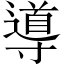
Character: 導